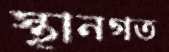
স্থানগত